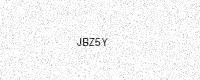
Text: JBZ5Y